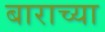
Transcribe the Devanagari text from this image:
बाराच्या